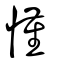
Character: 慬